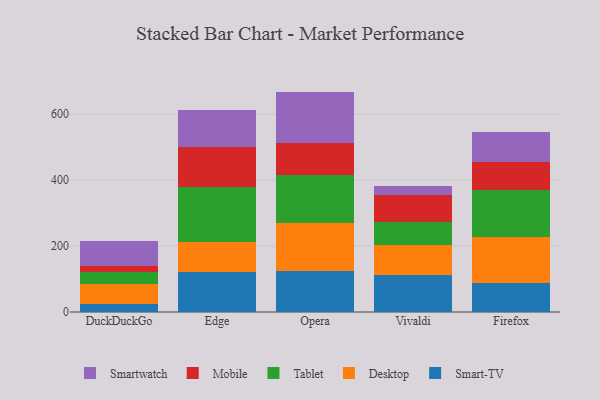
{"axis": {"x": "Browser", "y": "Humidity (%)"}, "legend": ["Desktop", "Mobile", "Smart-TV", "Smartwatch", "Tablet"], "data": [{"x": "DuckDuckGo", "y": 23.8, "type": "Smart-TV"}, {"x": "DuckDuckGo", "y": 60.9, "type": "Desktop"}, {"x": "DuckDuckGo", "y": 35.5, "type": "Tablet"}, {"x": "DuckDuckGo", "y": 20.2, "type": "Mobile"}, {"x": "DuckDuckGo", "y": 74.8, "type": "Smartwatch"}, {"x": "Edge", "y": 122.5, "type": "Smart-TV"}, {"x": "Edge", "y": 89.5, "type": "Desktop"}, {"x": "Edge", "y": 168.0, "type": "Tablet"}, {"x": "Edge", "y": 120.0, "type": "Mobile"}, {"x": "Edge", "y": 112.2, "type": "Smartwatch"}, {"x": "Opera", "y": 125.3, "type": "Smart-TV"}, {"x": "Opera", "y": 144.6, "type": "Desktop"}, {"x": "Opera", "y": 144.5, "type": "Tablet"}, {"x": "Opera", "y": 98.1, "type": "Mobile"}, {"x": "Opera", "y": 155.7, "type": "Smartwatch"}, {"x": "Vivaldi", "y": 111.4, "type": "Smart-TV"}, {"x": "Vivaldi", "y": 92.5, "type": "Desktop"}, {"x": "Vivaldi", "y": 69.1, "type": "Tablet"}, {"x": "Vivaldi", "y": 82.2, "type": "Mobile"}, {"x": "Vivaldi", "y": 28.0, "type": "Smartwatch"}, {"x": "Firefox", "y": 87.0, "type": "Smart-TV"}, {"x": "Firefox", "y": 139.8, "type": "Desktop"}, {"x": "Firefox", "y": 144.3, "type": "Tablet"}, {"x": "Firefox", "y": 85.0, "type": "Mobile"}, {"x": "Firefox", "y": 89.7, "type": "Smartwatch"}]}